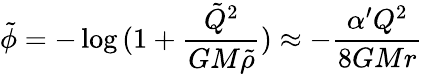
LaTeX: \tilde{\phi}=-\log{(1+\frac{\tilde{Q}^{2}}{GM\tilde{\rho}})}\approx-\frac{\alpha^{\prime}Q^{2}}{8GMr}